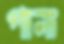
পানা